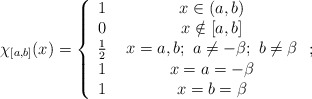
\begin{align*}\chi _{\left[ a,b\right] }(x)=\left\{ \begin{array}{cc}1 & \ x\in \left( a,b\right) \\ 0 & \ x\notin \left[ a,b\right] \\ \frac{1}{2} & \ x=a,b;\ a\neq -\beta ;\ b\neq \beta \\ 1 & \ x=a=-\beta \\ 1 & \ x=b=\beta\end{array}\right. ; \end{align*}